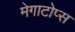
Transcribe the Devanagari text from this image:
मेगाटोप्स